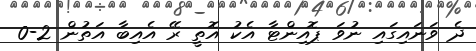
ދެ ވަނައިގައި ނުވަ ޕޮއިންޓާ އެކު އޮތީ ރޭ އެއިބާ އަތުން 2-0